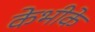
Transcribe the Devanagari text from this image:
केभीके